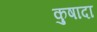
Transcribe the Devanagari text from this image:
कुषादा